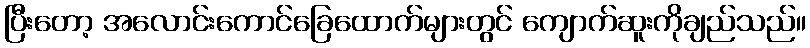
ပြီးတော့ အလောင်းကောင်ခြေထောက်များတွင် ကျောက်ဆူးကိုချည်သည်။